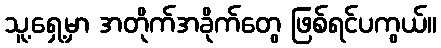
သူ့ရှေ့မှာ အတိုက်အခိုက်တွေ ဖြစ်ရင်ပကွယ်။